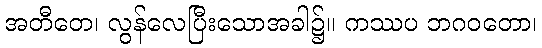
အတီတေ၊ လွန်လေပြီးသောအခါ၌။ ကဿပ ဘဂဝတော၊